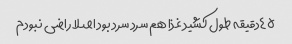
٤٥دقیقه طول کشید غذا هم سرد سرد بود اصلا راضی نبودم